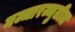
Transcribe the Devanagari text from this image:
मज्जारज्जुतील